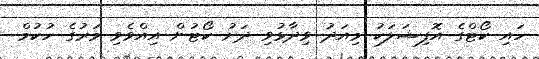
ހައި ކޯޓްގެ އޮފިޝަލަކު މިއަދު ވިދާޅުވި ދަށު ކޯޓުން އިއްވެވި މަރުގެ ހުކުމް